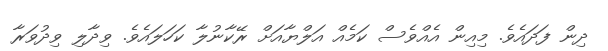
ދިން ފަދައެވެެ. މިއިން އެއްވެސް ކަމެއް އަލްޔާއަށް ރޭކާނުލާ ކަހަލައެވެ. ވިދާލި ވިދުވަރާ